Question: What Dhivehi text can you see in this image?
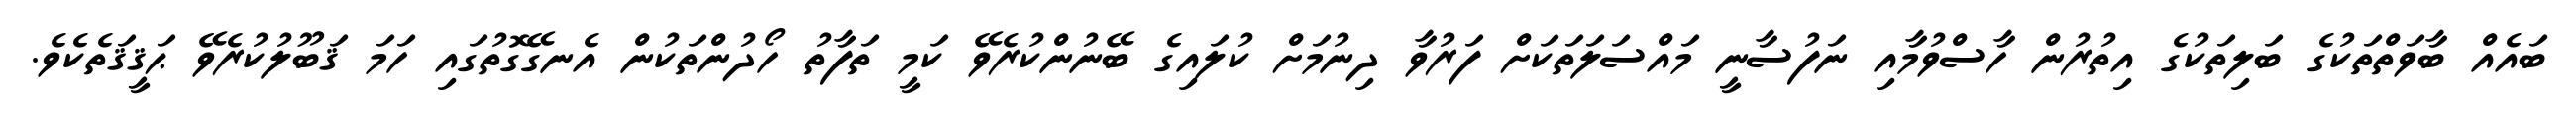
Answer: ބައެއް ބާވަތްތަކުގެ ބަލިތަކުގެ އިތުރުން ހާސްވުމާއި ނަފުސާނީ މައްސަލަތަކަށް ފަރުވާ ދިނުމަށް ކުލައިގެ ބޭނުންކުރެވޭ ކަމީ ތަފާތު ހޯދުންތަކުން އެނގޭގޮތުގައި ހަމަ ޤަބޫލުކުރެވޭ ޙަޤީޤަތެކެވެ.